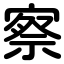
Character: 察